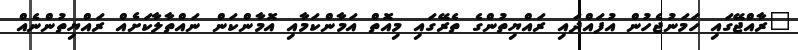
"ރާއްޖޭގައި ހަމަނުޖެހުން އުފައްދައި ރައްޔިތުންގެ ތެރޭގައި މިއޮތް އަމާންކަމާއި އޮމާންކަން ނައްތާލާކަށެއް ރައްޔިތުންނެއް